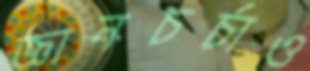
জ্ঞানচর্চাও